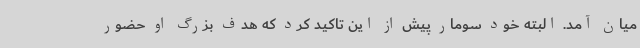
میان آمد. البته خود سومار پیش از این تاکید کرد که هدف بزرگ او حضور